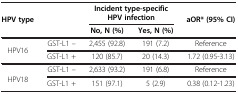
<table><thead><tr><td rowspan="2"><b>HPV type</b></td><td rowspan="2"><b> </b></td><td colspan="2"><b>Incident type-specific HPV infection</b></td><td rowspan="2"><b>aOR* (95% CI)</b></td></tr><tr><td><b>No, N (%)</b></td><td><b>Yes, N (%)</b></td></tr></thead><tbody><tr><td rowspan="2">HPV16</td><td>GST-L1 –</td><td>2,455 (92.8)</td><td>191 (7.2)</td><td>Reference</td></tr><tr><td>GST-L1 +</td><td>120 (85.7)</td><td>20 (14.3)</td><td>1.72 (0.95-3.13)</td></tr><tr><td rowspan="2">HPV18</td><td>GST-L1 –</td><td>2,633 (93.2)</td><td>191 (6.8)</td><td>Reference</td></tr><tr><td>GST-L1 +</td><td>151 (97.1)</td><td>5 (2.9)</td><td>0.38 (0.12-1.23)</td></tr></tbody></table>